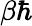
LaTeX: \beta\mathrm{\hbar}